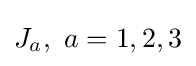
J_{a},~a=1,2,3